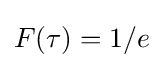
F(\tau )=1/e